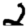
Digit: 2